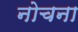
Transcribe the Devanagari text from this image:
नोचना